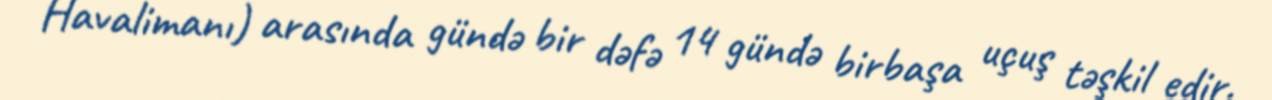
Havalimanı) arasında gündə bir dəfə 14 gündə birbaşa uçuş təşkil edir.